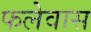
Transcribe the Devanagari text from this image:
फलेवास